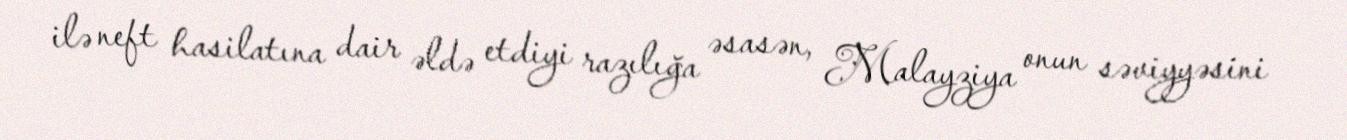
ilə neft hasilatına dair əldə etdiyi razılığa əsasən, Malayziya onun səviyyəsini